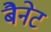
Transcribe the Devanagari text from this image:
बैेनेट